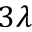
3 \lambda